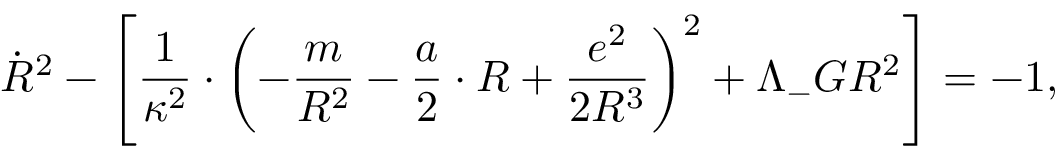
\dot { R } ^ { 2 } - \Biggl [ \frac { 1 } { \kappa ^ { 2 } } \cdot \biggl ( - \frac { m } { R ^ { 2 } } - \frac { a } { 2 } \cdot R + \frac { e ^ { 2 } } { 2 R ^ { 3 } } \biggr ) ^ { 2 } + \Lambda _ { - } G R ^ { 2 } \Biggr ] = - 1 ,